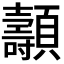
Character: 𩕯